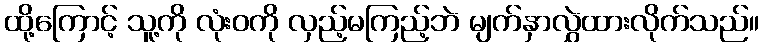
ထို့ကြောင့် သူ့ကို လုံးဝကို လှည့်မကြည့်ဘဲ မျက်နှာလွှဲထားလိုက်သည်။